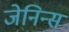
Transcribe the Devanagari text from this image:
जेनिन्स